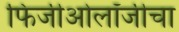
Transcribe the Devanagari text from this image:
फिजीओलॉजीचा